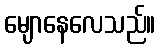
မျောနေလေသည်။